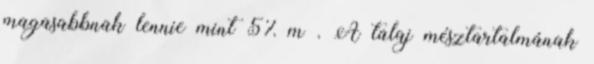
magasabbnak lennie mint 5% m . A talaj mésztartalmának